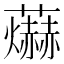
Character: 𮓊